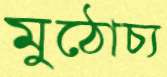
মুঠোচ্য